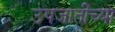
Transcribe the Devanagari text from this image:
उपजातींच्या